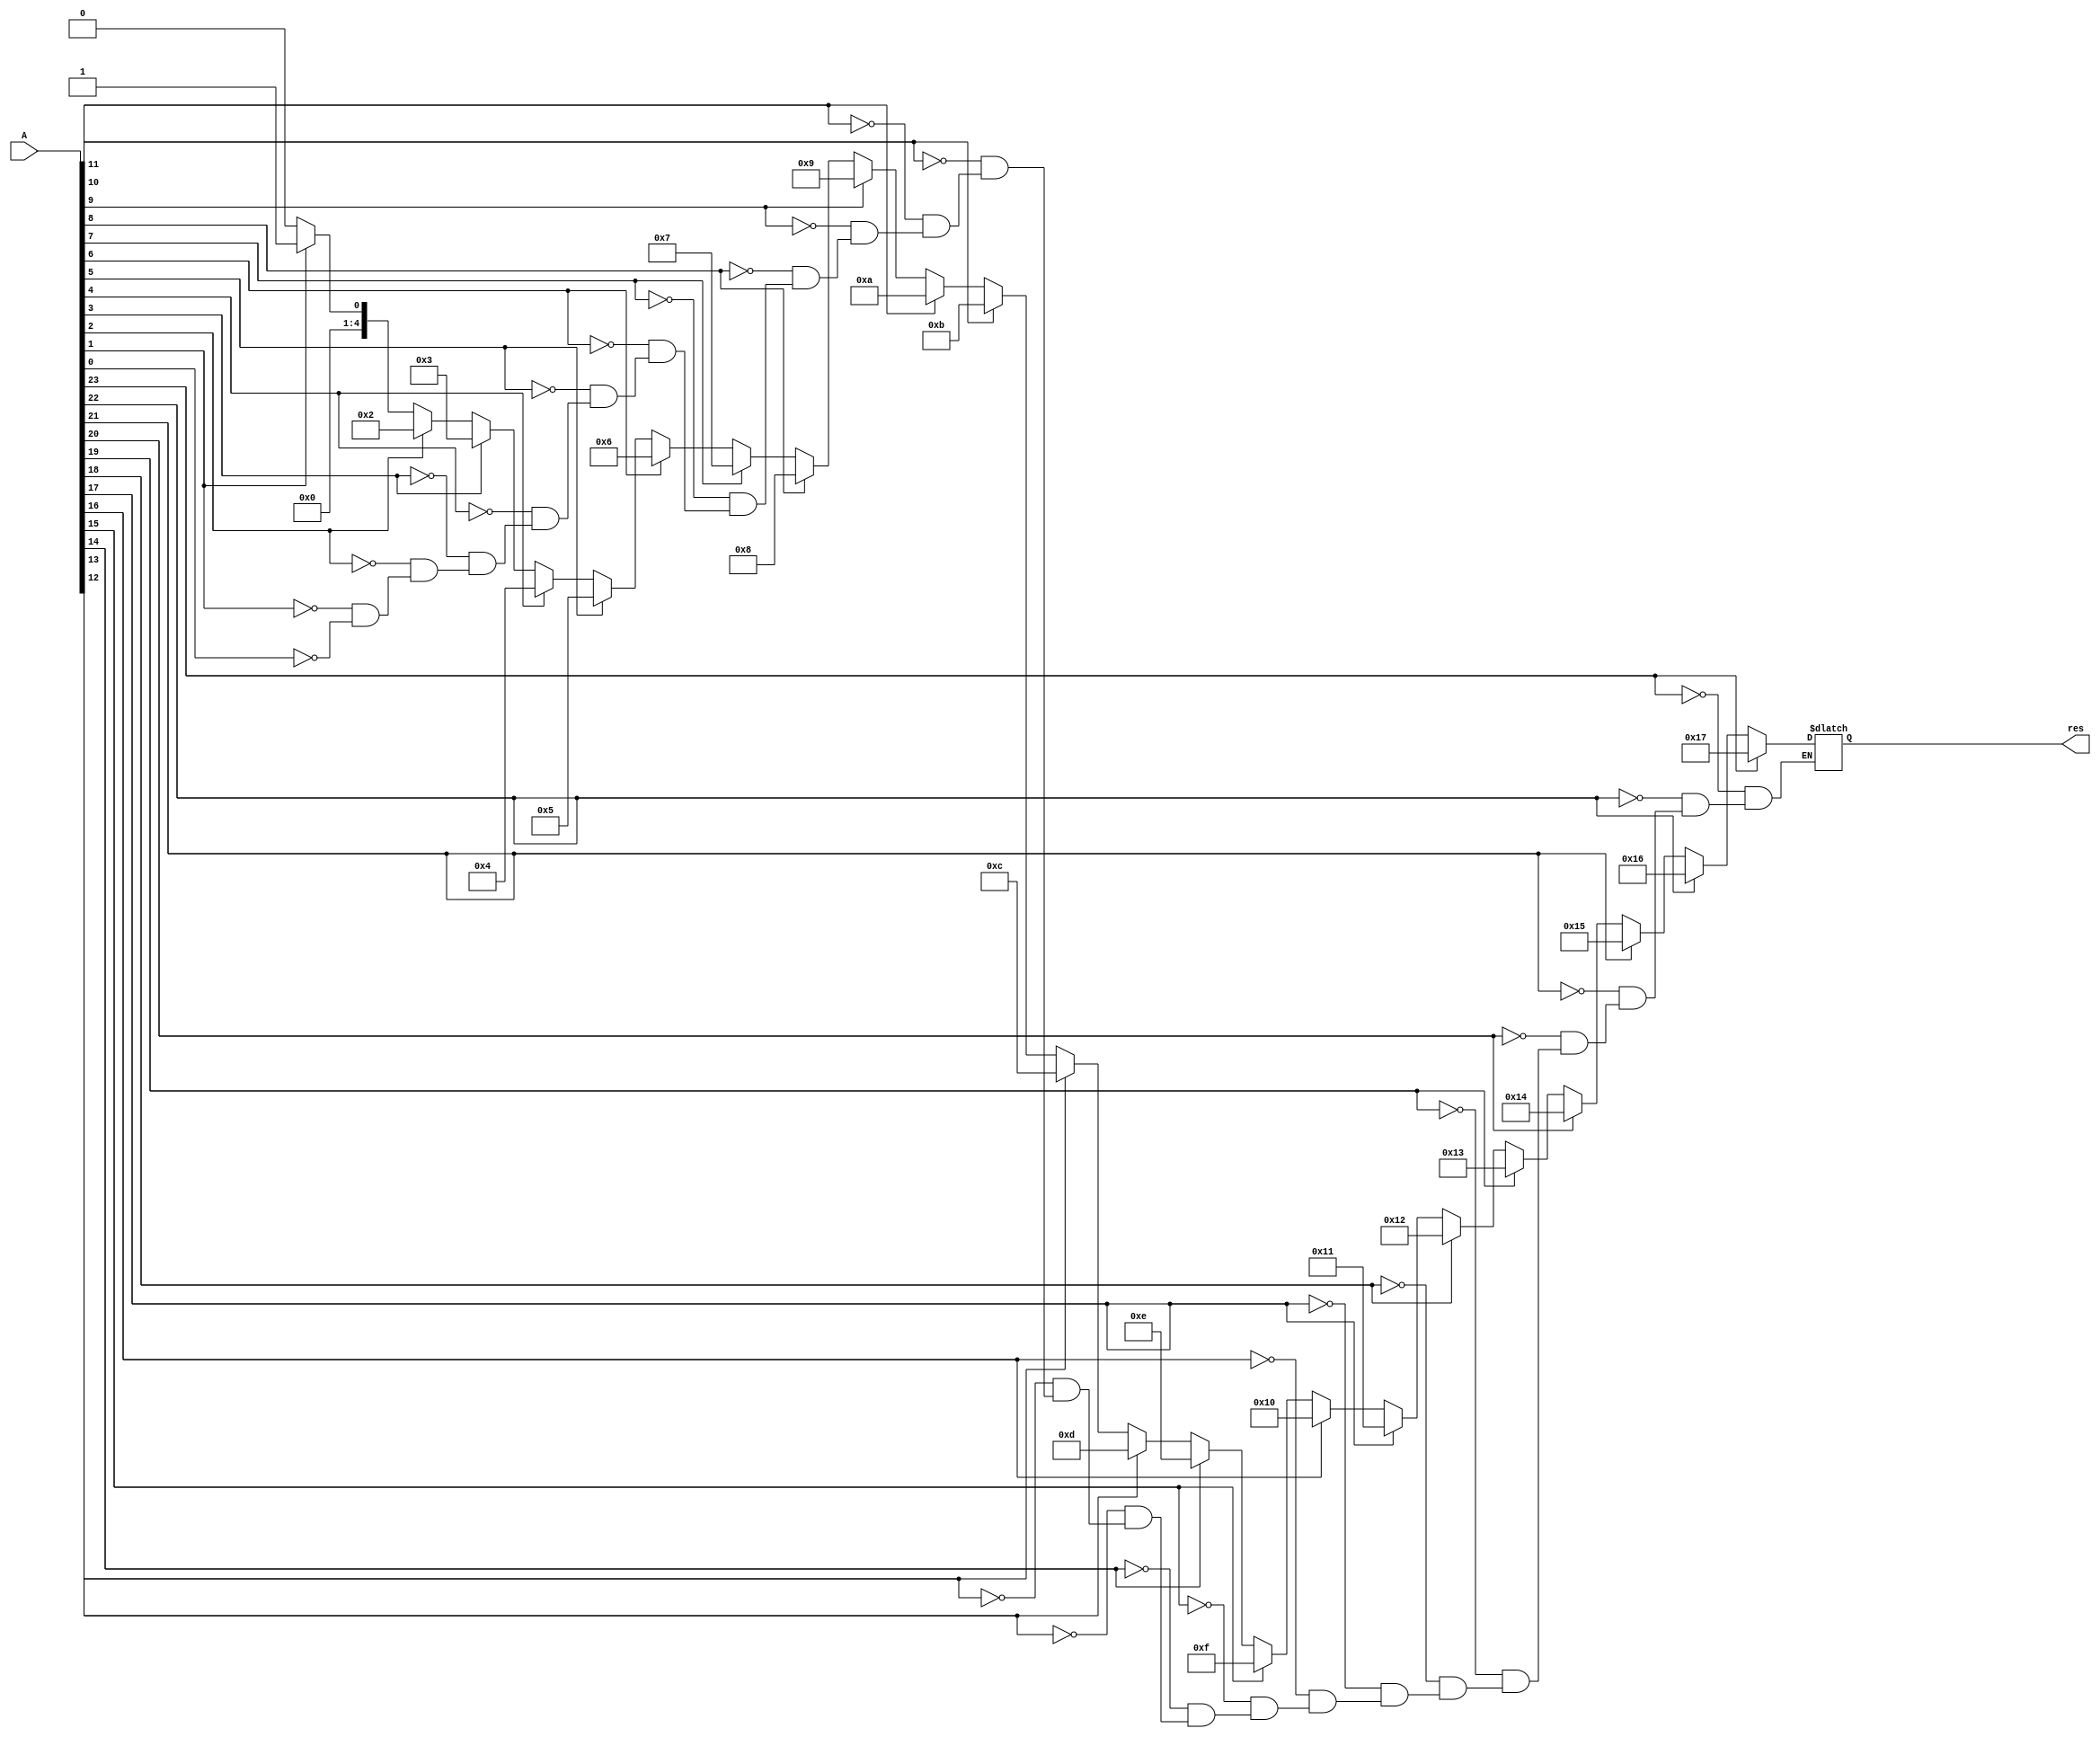
module Encoder(A,res);
parameter N = 24;
input[N-1:0] A;
output reg[4:0] res;
integer n;
always @(*) begin
    for(n=0;n<24;n=n+1)
    if(A[n])res=n;
end
endmodule
module adjust_mantissa(A,B,A_out,B_out);
parameter N =24;
input[N-1:0] A,B;
output [N-1:0] A_out,B_out;
wire[N-1:0] temp_A,temp_B;
wire[4:0] temp_res_A,temp_res_B;
//reg[N-1:0] temp_reg_A,temp_reg_B;
assign temp_A=A ^ (A&(A-1));
assign temp_B=B ^ (B&(B-1));
Encoder E1(temp_A,temp_res_A);
Encoder E2(temp_B,temp_res_B);
assign A_out=A>>temp_res_A;
assign B_out=B>>temp_res_B;
endmodule
module Division_seq(Divisor,Dividend,Quotient,clk,ready);
parameter N = 24;
input [N-1:0] Divisor,Dividend;
input clk,ready;
output reg[N-1:0] Quotient;
//,Reminder;
reg[2*N-1:0] Q;
reg[4:0] count;
reg res;
always @(posedge ready) begin
    Q={24'b0,Dividend};
    count=0;
    res=1'b0;
end
always @(posedge res) begin
    Quotient=Q[N-1:0];
  //  Reminder=Q[2*N-1:N];
end
always @(posedge clk) begin
    if(count<24)begin
      Q=Q<<1;
      if(Q[2*N-1:N]>=Divisor)begin
        Q[2*N-1:N]=Q[2*N-1:N]-Divisor;
        Q[0]=1'b1;
      end
      else begin
        Q[0]=1'b0;
      end
      count=count+1;
    end
    else begin
      res=1'b1;
    end
end
endmodule
module flip_bits(A,B);
parameter N = 24;
input[N-1:0] A;
output reg[N-1:0] B;
integer n;
always @(*) begin
for(n=23;n>=0;n=n-1)begin
B[n]=A[23-n];
end
end
endmodule
module Exponent_sub(Dividend_exponent,Divisor_exponent,exponent_out);
input[7:0] Dividend_exponent,Divisor_exponent;
output reg[7:0] exponent_out;
always @(*) begin
  exponent_out=Dividend_exponent-Divisor_exponent+8'b01111111;
end
endmodule
module Foloating_point_Division(Divisor,Dividend,Quotient,clk,ready);
parameter N = 24;
input [N-1:0] Divisor,Dividend;
input clk,ready;
output [N-2:0] Quotient;
wire [N-1:0] temp_Divisor,temp_Dividend,temp_Quotient,temp_rev_Q,temp,temp_Q;
wire[4:0] bit_shift;
adjust_mantissa AM(Divisor,Dividend,temp_Divisor,temp_Dividend);
Division_seq DS(temp_Divisor,temp_Dividend,temp_Quotient,clk,ready);
flip_bits FB(temp_Quotient,temp_rev_Q);
assign temp=temp_rev_Q ^ (temp_rev_Q &(temp_rev_Q-1));
Encoder E1(temp,bit_shift);
assign temp_Q=temp_Quotient<<bit_shift;
assign Quotient=temp_Q[N-2:0];
endmodule
module FPDS_32(Divisor,Dividend,Quotient,clk,ready);
input[31:0] Divisor,Dividend;
input clk,ready;
output [31:0] Quotient;
assign Quotient[31]=Dividend[31] ^ Divisor[31];
Exponent_sub E1(Dividend[30:23],Divisor[30:23],Quotient[30:23]);
Foloating_point_Division D1({1'b1,Divisor[22:0]},{1'b1,Dividend[22:0]},Quotient[22:0],clk,ready);
endmodule